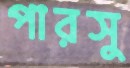
পারসু